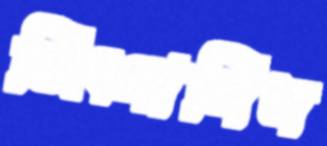
জিংগালিস